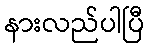
နားလည်ပါပြီ